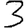
Digit: 3